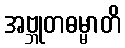
အဗ္ဘုတဓမ္မာတိ